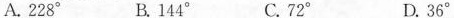
A.228° B.144° C.72° D.36°